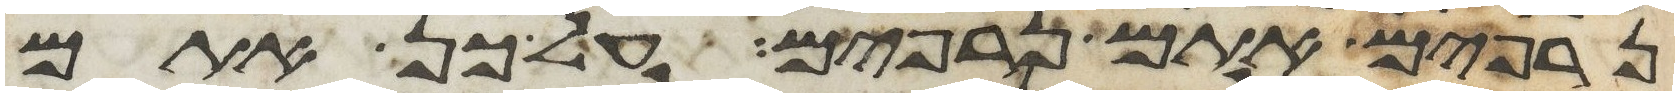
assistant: נרפים אתם נרפים על כן אתם